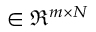
\in \Re ^ { m \times N }